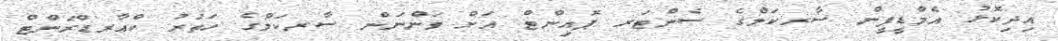
އިދިކޮޅު އެމްޑީޕީން ސާރކަލްގެ ސެންޓަރ ޕޮއިންޓް އަށް ވަންނަން ސާރކަލްގެ ހަތަރު ކްއާރޑްރަންޓް